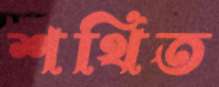
শথিত